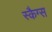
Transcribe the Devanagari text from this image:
स्कैग्स